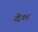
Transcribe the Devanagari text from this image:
दॆश